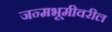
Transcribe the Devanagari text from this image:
जन्मभूमीवरील